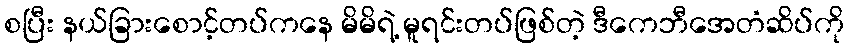
စပြီး နယ်ခြားစောင့်တပ်ကနေ မိမိရဲ့ မူရင်းတပ်ဖြစ်တဲ့ ဒီကေဘီအေတံဆိပ်ကို